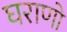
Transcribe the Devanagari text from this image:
घराणो